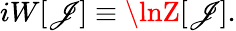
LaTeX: iW[\mathscr{J}]\equiv\lnZ[\mathscr{J}].